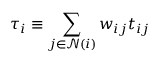
{ \tau } _ { i } \equiv { \sum _ { j \in \mathcal { N } ( i ) } w _ { i j } t _ { i j } }